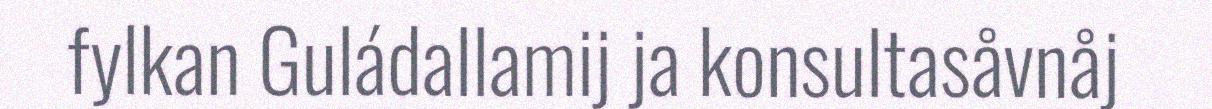
fylkan Guládallamij ja konsultasåvnåj